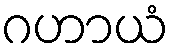
ဂဟာယံ